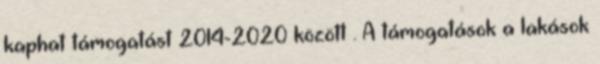
kaphat támogatást 2014-2020 között . A támogatások a lakások